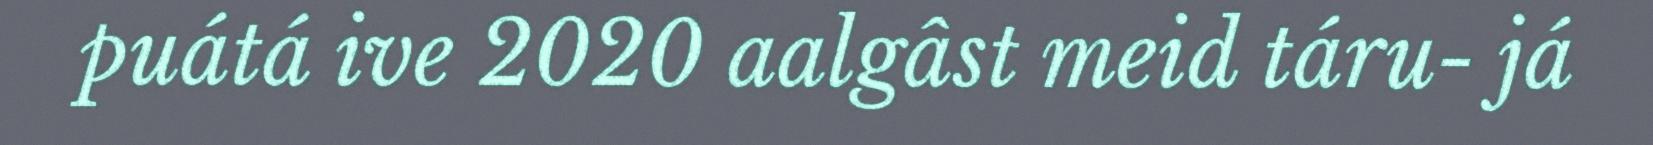
puátá ive 2020 aalgâst meid táru- já